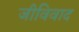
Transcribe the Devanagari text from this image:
जीविवाद